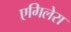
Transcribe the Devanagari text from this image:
एगिलेरा